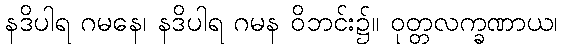
နဒိပါရ ဂမနေ၊ နဒိပါရ ဂမန ဝိဘင်း၌။ ဝုတ္တလက္ခဏာယ၊